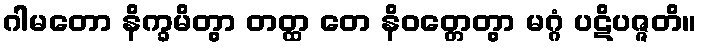
ဂါမတော နိက္ခမိတွာ တတ္ထ တေ နိဝတ္တေတွာ မဂ္ဂံ ပဋိပဇ္ဇတိ။